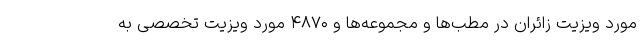
مورد ویزیت زائران در مطب‌ها و مجموعه‌ها و ۴۸۷۰ مورد ویزیت تخصصی به